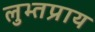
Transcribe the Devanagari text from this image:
लुभ्तप्राय